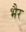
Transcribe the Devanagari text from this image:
भैर